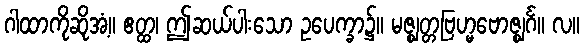
ဂါထာကိုဆိုအံ့။ ဧတ္ထ၊ ဤဆယ်ပါးသော ဥပေက္ခာ၌။ မဇ္ဈတ္တဗြဟ္မဗောဇ္ဈင်္ဂ။ လ။